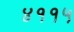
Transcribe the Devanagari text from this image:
४११५